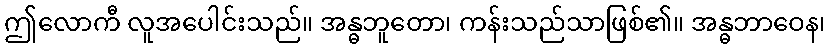
ဤလောကီ လူအပေါင်းသည်။ အန္ဓဘူတော၊ ကန်းသည်သာဖြစ်၏။ အန္ဓဘာဝေန၊